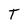
Character: T